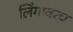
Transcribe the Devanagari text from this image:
लिंगावरच